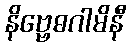
နိဗ္ဗေဓဂါမိနီ